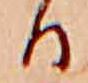
る